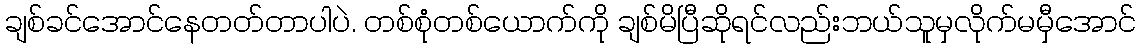
ချစ်ခင်အောင်နေတတ်တာပါပဲ. တစ်စုံတစ်ယောက်ကို ချစ်မိပြီဆိုရင်လည်းဘယ်သူမှလိုက်မမှီအောင်